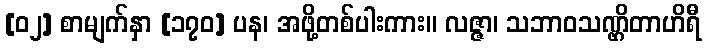
[၀၂] စာမျက်နှာ [၁၇၀] ပန၊ အဖို့တစ်ပါးကား။ လဇ္ဇာ၊ သဘာဝသဏ္ဌိတာဟိရီ